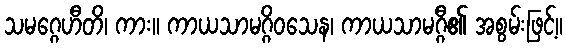
သမဂ္ဂေဟီတိ၊ ကား။ ကာယသာမဂ္ဂိဝသေန၊ ကာယသာမဂ္ဂီ၏ အစွမ်းဖြင့်။